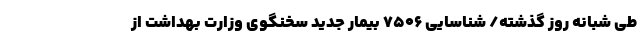
طی شبانه روز گذشته/ شناسایی ۷۵۰۶ بیمار جدید سخنگوی وزارت بهداشت از